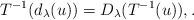
LaTeX: \begin{align*} T^{-1} (d_\lambda(u) ) = D_\lambda (T^{-1}(u) ), . \end{align*}